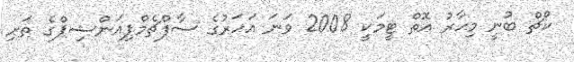
ކޯޗް ބުނީ މިހާރު އޮތް ޓީމަކީ 2008 ވަނަ އަހަރުގެ ސާފްޗެމްޕިއަންޝިޕްގެ ތަށި